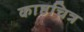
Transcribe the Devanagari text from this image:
काष्ठचित्र